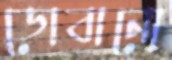
ডোবানো